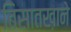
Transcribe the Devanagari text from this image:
बिसातख़ाने